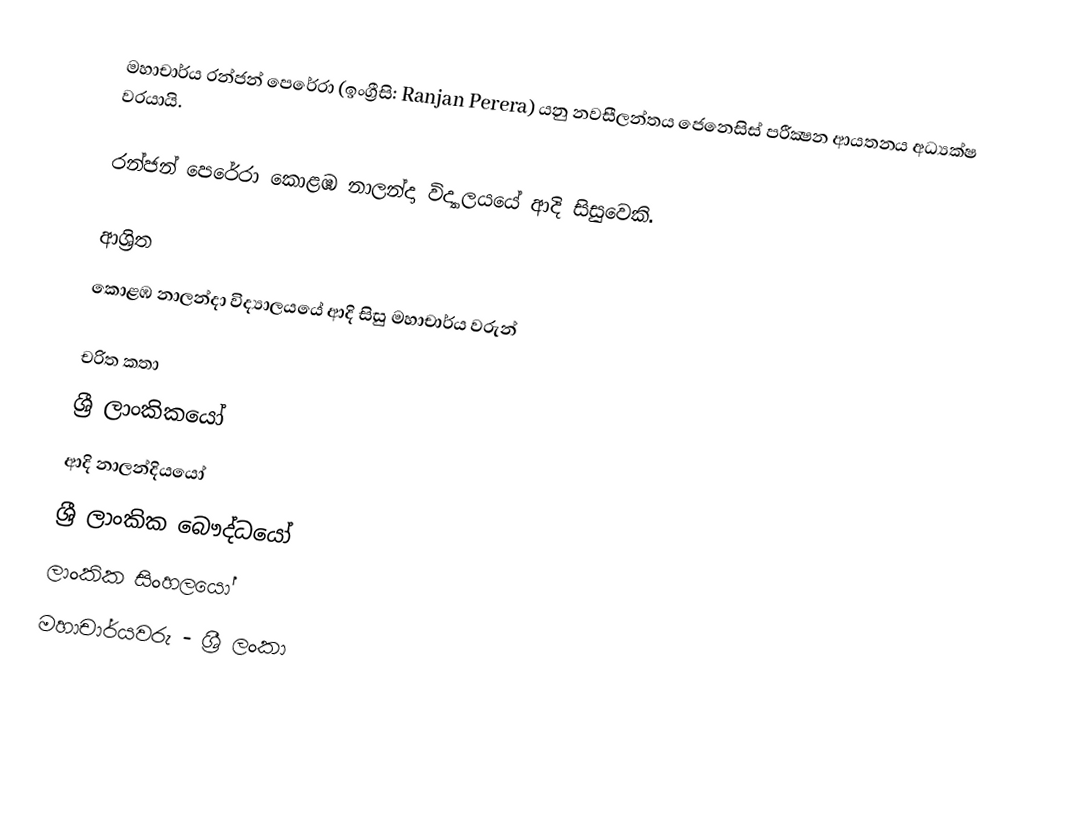
මහාචාර්ය රන්ජන් පෙරේරා (ඉංග්‍රීසි: Ranjan Perera) යනු  නවසීලන්තය ජෙනෙසිස් පරීක්‍ෂන ආයතනය අධ්‍යක්ෂ  වරයායි.

රන්ජන් පෙරේරා  කොළඹ නාලන්දා විද්‍යාලයයේ ආදි සිසුවෙකි.

ආශ්‍රිත
 කොළඹ නාලන්දා විද්‍යාලයයේ ආදි සිසු මහාචාර්ය වරුන්

චරිත කතා
ශ්‍රී ලාංකිකයෝ
ආදි නාලන්දියයෝ
ශ්‍රී ලාංකික බෞද්ධයෝ
ලාංකික සිංහලයෝ
මහාචාර්යවරු - ශ්‍රී ලංකා